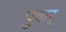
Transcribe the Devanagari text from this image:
पुवार्